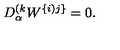
D _ { \alpha } ^ { ( k } W ^ { \{ i ) j \} } = 0 .